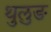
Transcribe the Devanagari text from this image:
थुलुङ